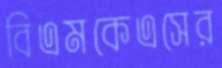
বিএমকেএসের